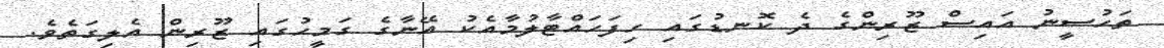
ތަހުސީނު އައިސް ޒޫރިންގެ ދެ ކޮނޑުގައި ހިފަހައްޓާލުމާއެކު އޭނާގެ ގަމީހުގައި ޒޫރިން އެލިގަތެވެ.